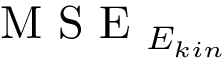
\mathrm { ~ M ~ S ~ E ~ } _ { E _ { k i n } }